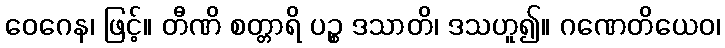
ဝေဂေန၊ ဖြင့်။ တီဏိ စတ္တာရိ ပဉ္စ ဒသာတိ၊ ဒသဟူ၍။ ဂဏေတိယေဝ၊